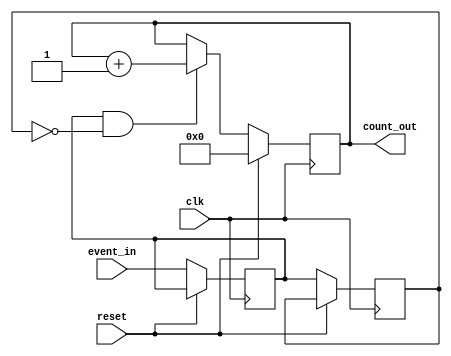
module event_counter (
    input wire clk,            // Clock signal
    input wire reset,          // Reset signal (active high)
    input wire event_in,       // Event signal to trigger counting
    output reg [7:0] count_out // 8-bit count output
);

    // Internal signal for event detection
    reg event_detected;
    reg event_detected_prev;

    // Always block for counting logic
    always @(posedge clk) begin
        if (reset) begin
            // Reset the count to zero
            count_out <= 8'b0;
        end else begin
            // Detect rising edge of event signal
            event_detected_prev <= event_detected;
            event_detected <= event_in;

            // Increment the count on the rising edge of event signal
            if (event_detected && !event_detected_prev) begin
                count_out <= count_out + 1;
            end
        end
    end

endmodule